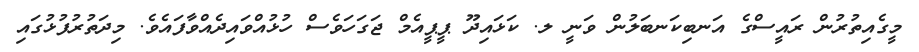
މީގެއިތުރުން ރައީސްގެ އަނބިކަނބަލުން ވަނީ ލ. ކަޅައިދޫ ޕީޕީއެމް ޖަގަހަވެސް ހުޅުއްވައިދެއްވާފައެވެ. މިދަތުރުފުޅުގައި